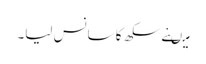
میںنے سکھ کا سانس لیا۔